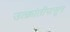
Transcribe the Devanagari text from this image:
उत्क्रांतीपासून